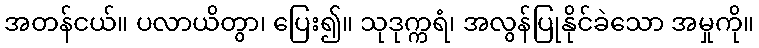
အတန်ငယ်။ ပလာယိတွာ၊ ပြေး၍။ သုဒုက္ကရံ၊ အလွန်ပြုနိုင်ခဲသော အမှုကို။